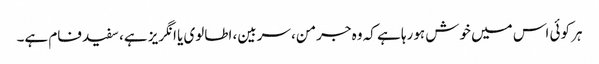
ہر کوئی اس میں خوش ہورہا ہے کہ وہ جرمن، سربین، اطالوی یا انگریز ہے، سفید فام ہے۔